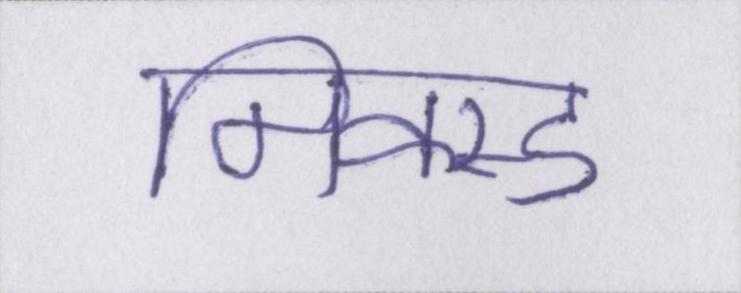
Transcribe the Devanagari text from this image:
मिक्स्ड